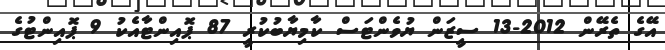
އޭގެ ތެރޭން 2012-13 ސީޒަން ޔުވެންޓަސް ކާމިޔާބުކުރީ 87 ޕޮއިންޓާއެކު 9 ޕޮއިންޓުގެ